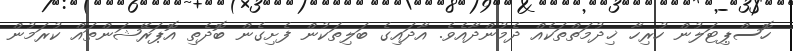
ހޮސްޕިޓަލުން ހުރިހާ ޚިދުމަތްތަކެއް ދެމުންދާއެވެ. އާދައިގެ ބަލިތަކުން ފެށިގެން ބޮދެތި އޮޕަރޭޝަންތައް ކުރަމުން